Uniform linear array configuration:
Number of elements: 16
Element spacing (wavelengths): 1
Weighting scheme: hann
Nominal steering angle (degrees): -15
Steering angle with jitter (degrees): -15.587
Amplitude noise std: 0.05
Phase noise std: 0.05

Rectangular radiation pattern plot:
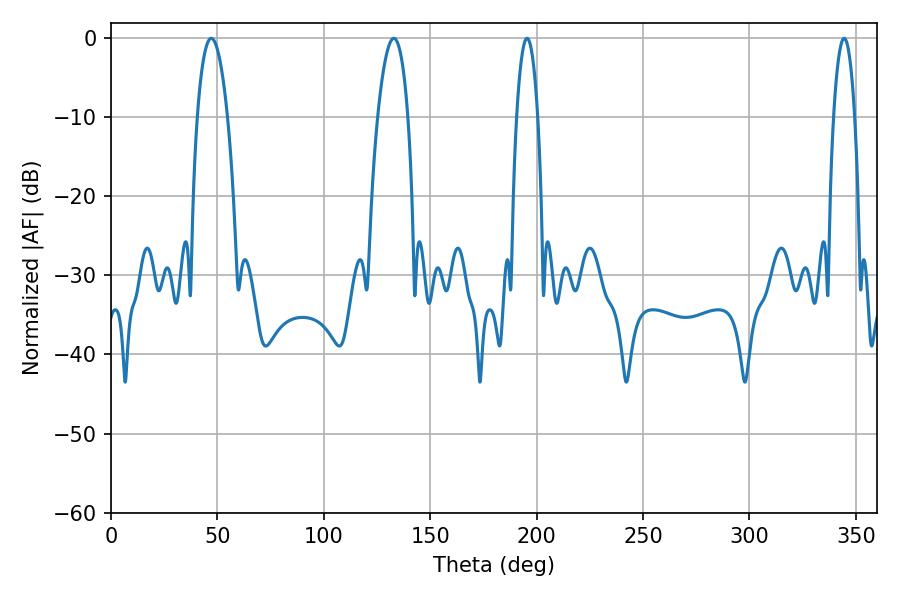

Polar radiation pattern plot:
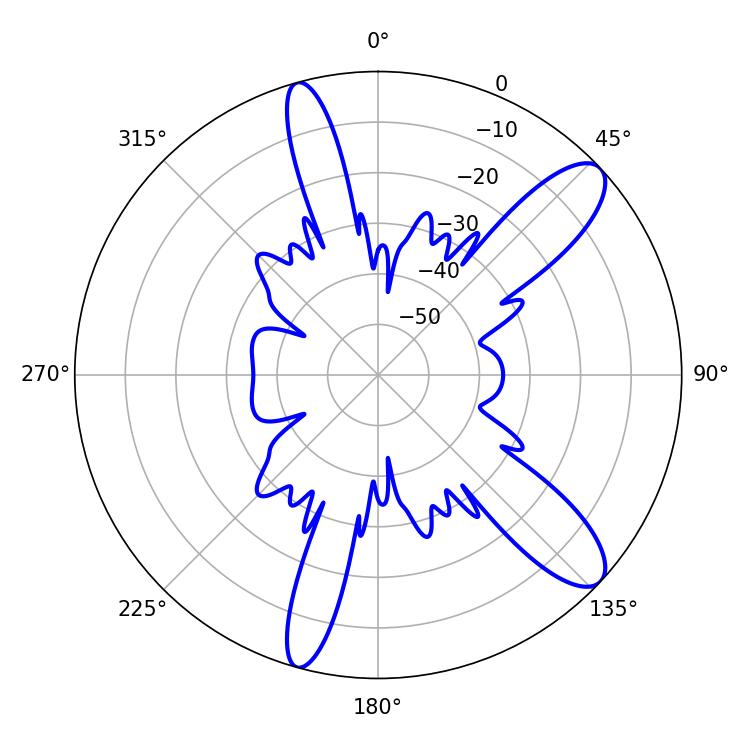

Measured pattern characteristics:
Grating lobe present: TRUE
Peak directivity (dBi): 10.934
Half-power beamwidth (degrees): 5.58
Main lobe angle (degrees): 344.52